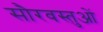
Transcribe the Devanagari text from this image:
सौरवस्तुओं